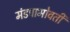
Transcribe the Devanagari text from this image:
मंडपाभोवती